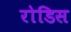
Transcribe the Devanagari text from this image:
रोडिस